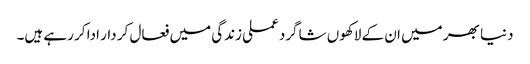
دنیا بھر میں ان کے لاکھوں شاگرد عملی زندگی میں فعال کر دار ادا کر رہے ہیں۔